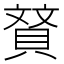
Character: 䝺